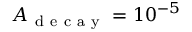
A _ { \mathrm { ~ d ~ e ~ c ~ a ~ y ~ } } = 1 0 ^ { - 5 }